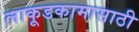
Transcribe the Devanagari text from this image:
लाकूडकामासाठी